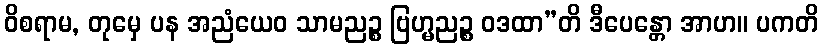
ဝိစရာမ, တုမှေ ပန အညံယေဝ သာမညဉ္စ ဗြဟ္မညဉ္စ ဝဒထာ”တိ ဒီပေန္တော အာဟ။ ပကတိ